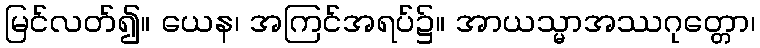
မြင်လတ်၍။ ယေန၊ အကြင်အရပ်၌။ အာယသ္မာအဿဂုတ္တော၊